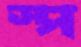
স্প